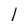
Character: l